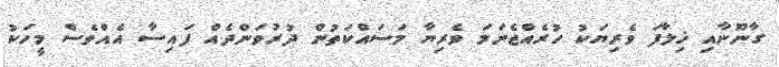
ގާނޫނާއި ޚިލާފަ ވެރިޔަކު ހުރެއްޖެނަމަ ވެރިޔާ މަސައްކަތުން ދުރުވަންދެއް ފައިސާ އެއްވެސް މީހަކު